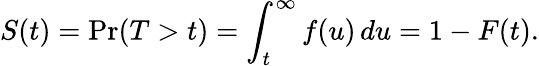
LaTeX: S(t)=\operatorname*{Pr}(T>t)=\int_{t}^{\infty}f(u)\, du=1-F(t).